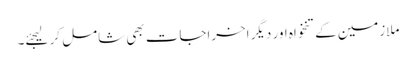
ملازمین کےتنخواہ اور دیگر اخراجات بھی شامل کر لیجئے۔